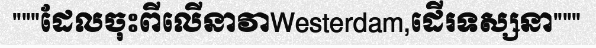
"""ដែលចុះពីលើនាវាWesterdam,ដើរទស្សនា"""